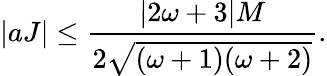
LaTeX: |aJ|\leq\frac{|2\omega+3|M}{2\sqrt{(\omega+1)(\omega+2)}}.